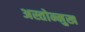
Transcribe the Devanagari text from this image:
अस्तोन्मुख